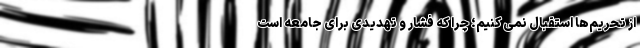
از تحریم‌ها استقبال نمی کنیم؛ چرا که فشار و تهدیدی برای جامعه است